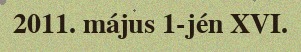
2011. május 1-jén XVI.